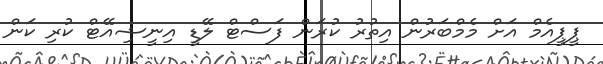
ޕީޕީއެމް އަށް މެމްބަރުން އިތުރު ކުރަން ފަސްޓް ލޭޑީ އިނީޝިއޭޓް ކުރި ކަން